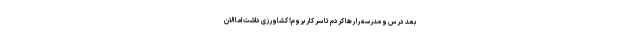
بعد درس و مدرسه را رها کردم تا سر کار بروم! کشاورزی داشت اما الان